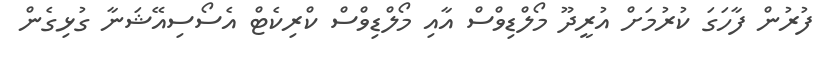
ފުރުން ފާހަގަ ކުރުމަށް އުރީދޫ މޯލްޑިވްސް އާއި މޯލްޑިވްސް ކްރިކެޓް އެސޯސިއޭޝަނާ ގުޅިގެން